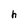
Character: h